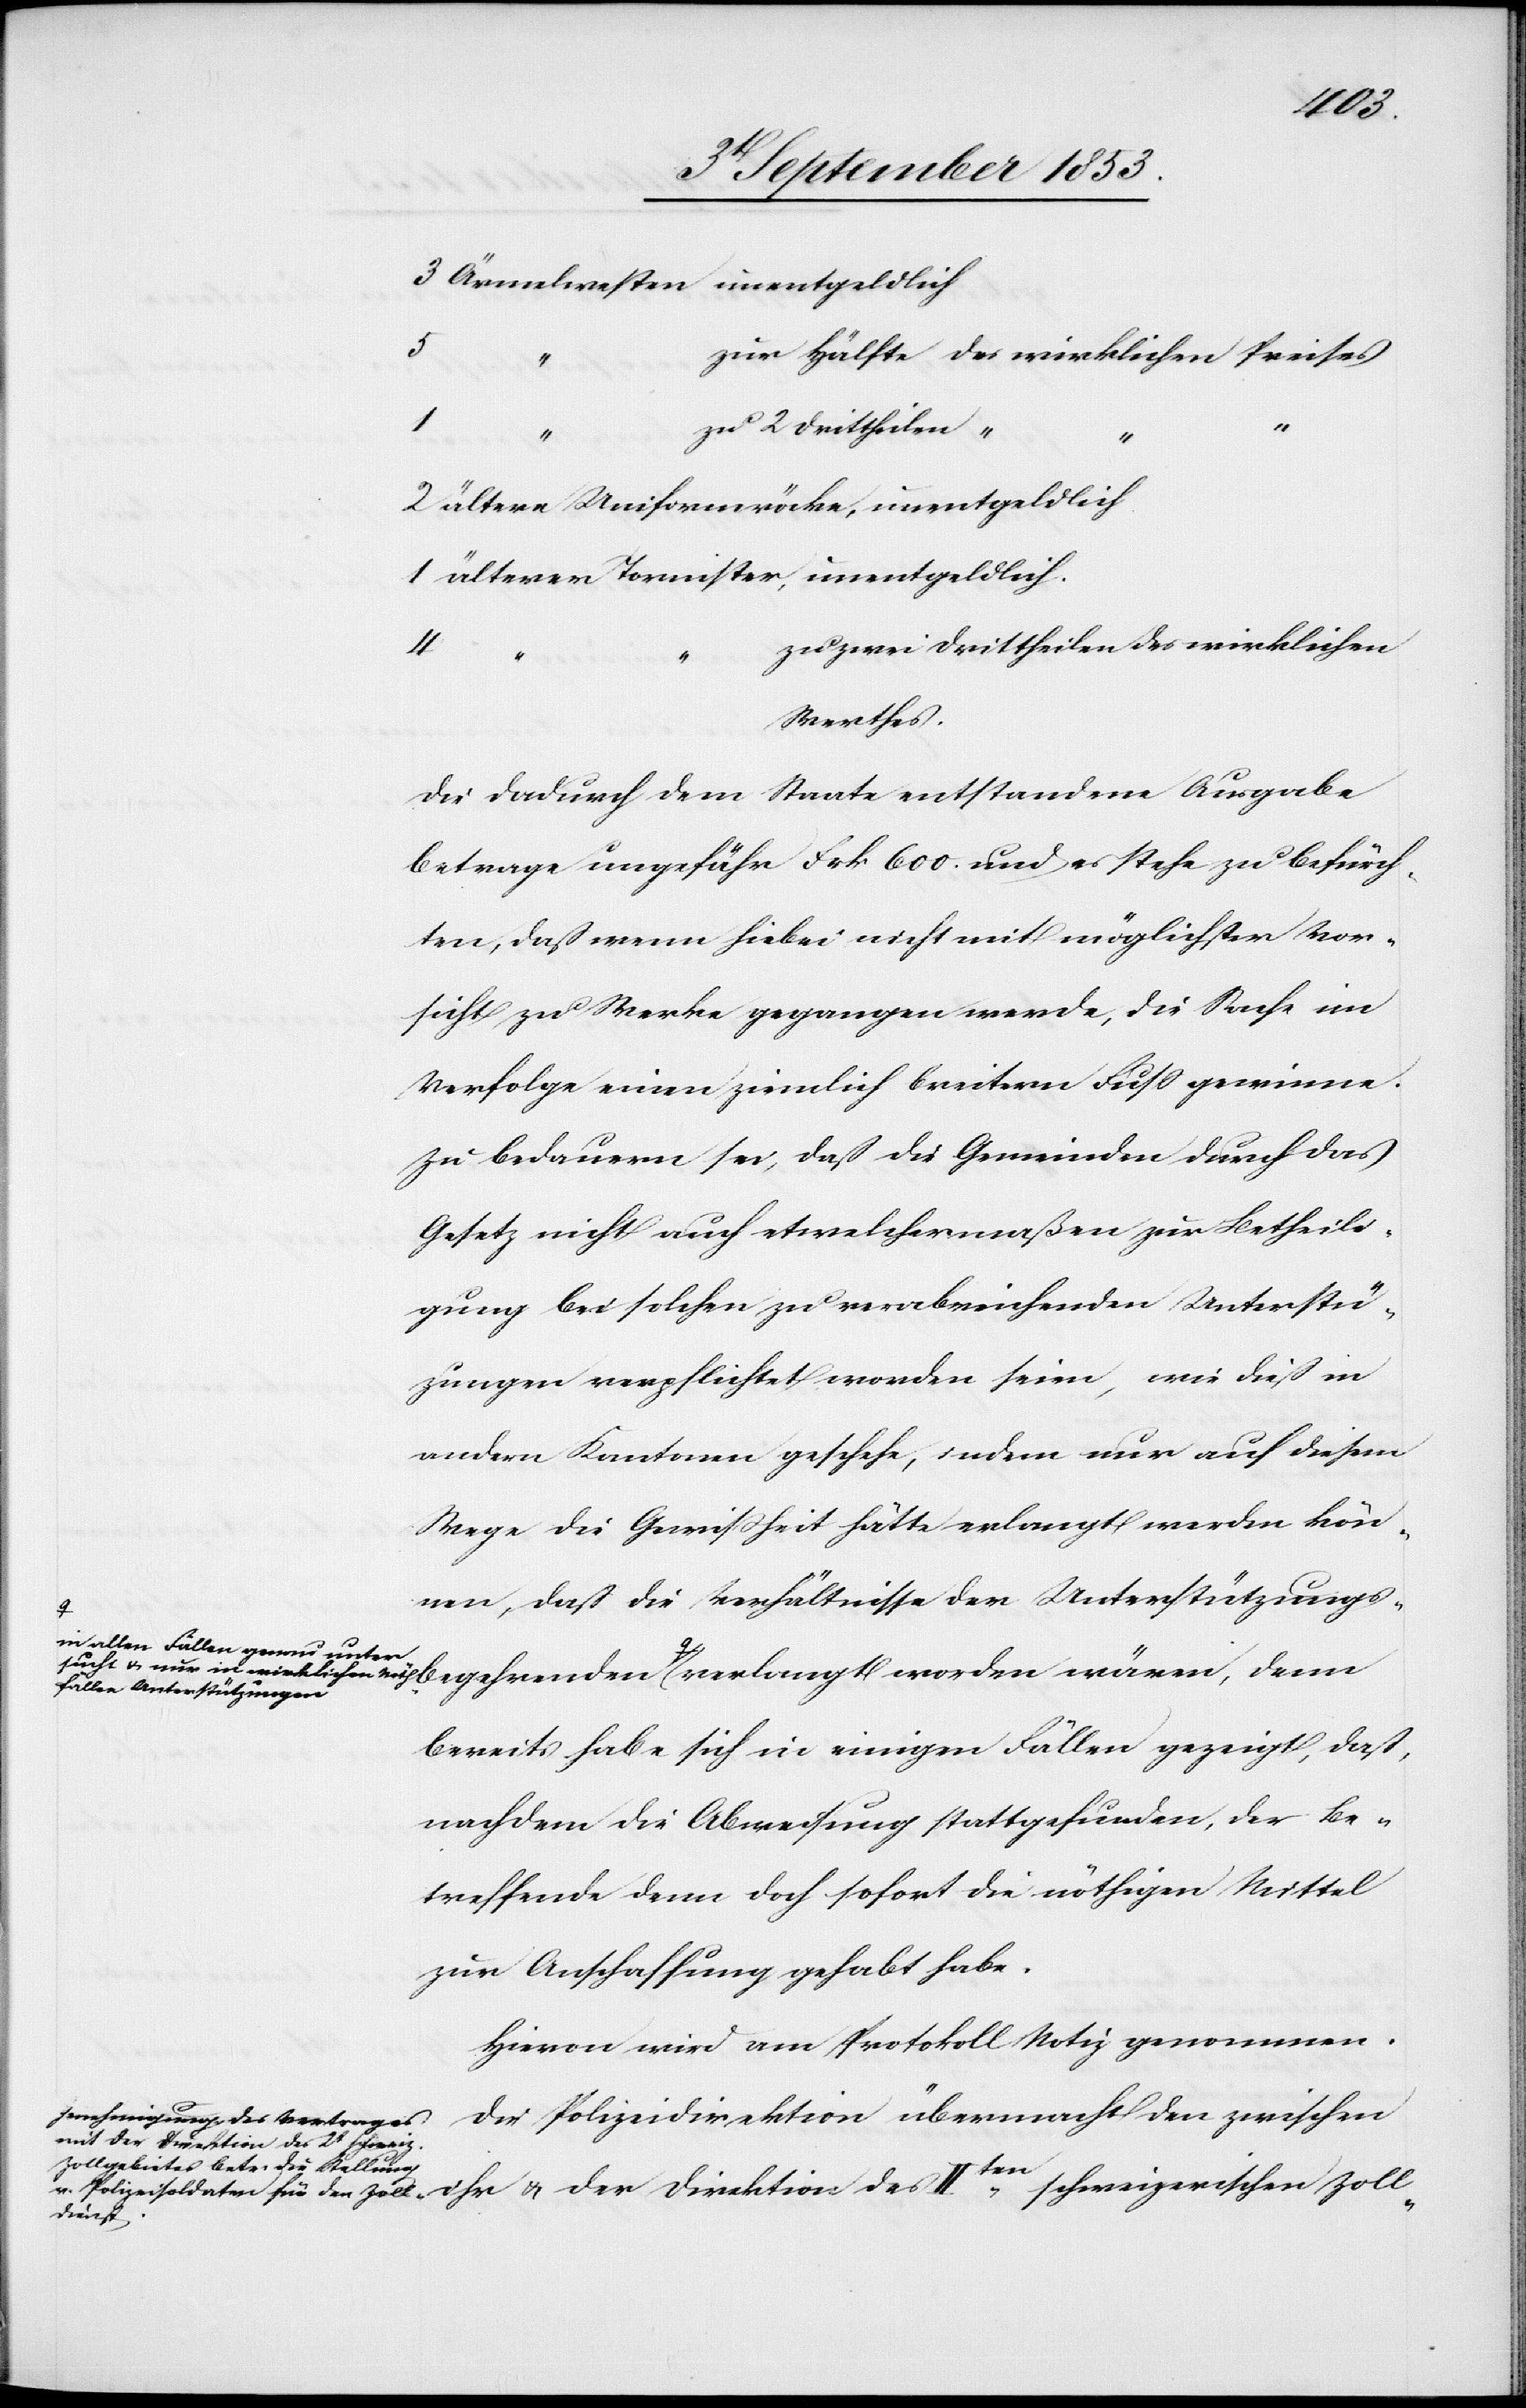
Nothfä¬
3 Ärmelwesten unentgeldlich
5
Hälfte 	des wirklichen Preises
u.
nur
2 ältere Uniformröcke, unentgeldlich
1 älterer Tornister, unentgeldlich.
zwei Drittheilen des wirklichen
Werthes.
Die dadurch dem Staate entstandene Ausgabe
betrage ungefähr Frk. 600. und es stehe zu befürch¬
ten, daß wenn hiebei nicht mit möglichster Vor¬
sicht zu Werke gegangen werde, die Sache im
Verfolge einen ziemlich breitern Fuß gewinne.
Zu Bedauern sei, daß die Gemeinden durch das
Gesetz nicht auch etwelchermaßen zur Betheili¬
gung bei solchen zu verabreichenden Unterstü¬
tzungen verpflichtet worden seien, wie dies in
andern Kantonen geschehe, indem nur auf diesem
Wege die Gewißheit hätte erlangt werden kön¬
nen, daß die Verhältnisse der Unterstützungs¬
in allen Fällen unter¬
llen Unterstützungen
bereits habe sich in einigen Fällen gezeigt, daß,
nachdem die Abweisung stattgefunden, der Be¬
treffende denn doch sofort die nöthigen Mittel
zur Anschaffung gehabt habe.
Hievon wird am Protokoll Notiz genommen.
Die Polizeidirektion übermacht den zwischen
u. der Direktion des IIten
verlangt worden wären,
denn
sucht